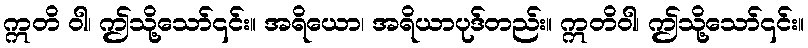
ဣတိ ဝါ၊ ဤသို့သော်၎င်း။ အရိယော၊ အရိယာပုဒ်တည်း။ ဣတိဝါ၊ ဤသို့သော်၎င်း။